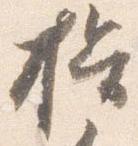
揖